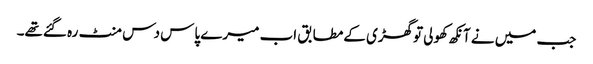
جب میں نے آنکھ کھولی توگھڑی کےمطابق اب میرے پاس دس منٹ رہ گئےتھے۔